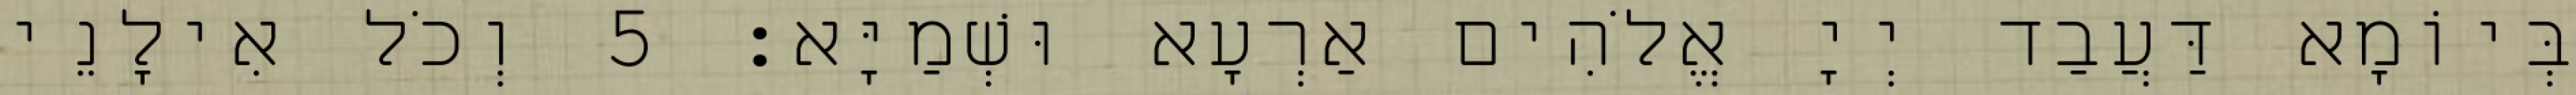
בְּיוֹמָא דַּעֲבַד יְיָ אֱלֹהִים אַרְעָא וּשְׁמַיָּא׃ 5 וְכֹל אִילָנֵי